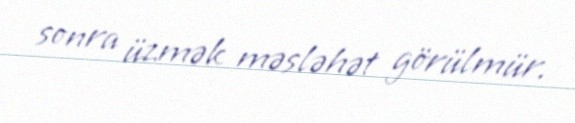
sonra üzmək məsləhət görülmür.